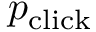
p _ { \mathrm { c l i c k } }